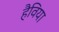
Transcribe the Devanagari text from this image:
हैविया